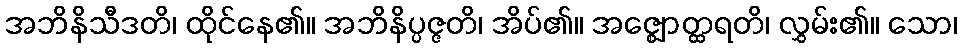
အဘိနိသီဒတိ၊ ထိုင်နေ၏။ အဘိနိပ္ပဇ္ဇတိ၊ အိပ်၏။ အဇ္ဈောတ္ထရတိ၊ လွှမ်း၏။ သော၊